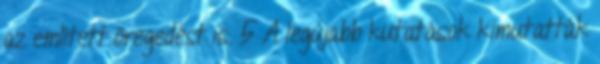
az említett öregedést is. 5 A legújabb kutatások kimutatták